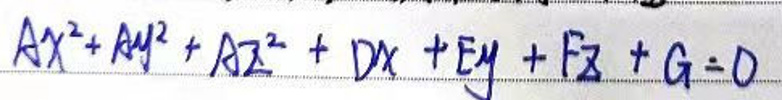
$A x ^ { 2 } + A y ^ { 2 } + A z ^ { 2 } + D x + E y + F z + G = 0$